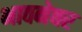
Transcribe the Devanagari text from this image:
भावनेवर